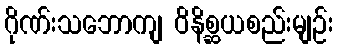
ဂိုဏ်းသဘောကျ ဝိနိစ္ဆယစည်းမျဉ်း